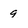
Character: 9